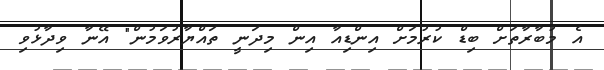
އެ މުބާރާތަށް ބިޑް ކުރުމަށް އިންޑިއާ އިން މިދަނީ ތައްޔާރުވަމުން" އޭނާ ވިދާޅުވި